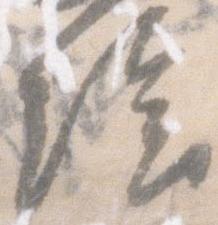
絵